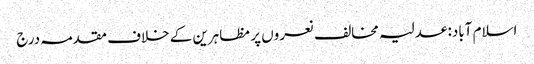
اسلام آباد: عدلیہ مخالف نعروں پر مظاہرین کے خلاف مقدمہ درج